Document type: Sale
Year: 1439
Scribe: Arnau d'Illes
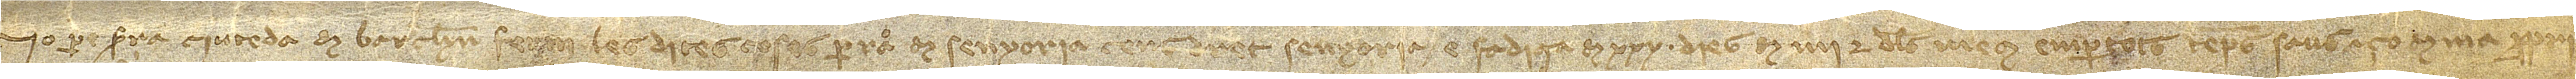
Jo Pere Serra, ciutedà de Barchelona, ferm les dites coses per raó de senyoria, cens, dret, senyoria e fadiga de XXX dies de mi e dels meus empertots temps saus, açò de ma pròpria